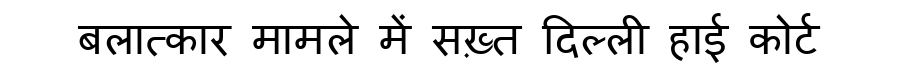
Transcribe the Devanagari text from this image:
बलात्कार मामले में सख़्त दिल्ली हाई कोर्ट